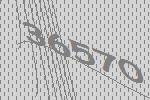
36570